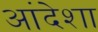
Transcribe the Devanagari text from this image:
आंदेशा